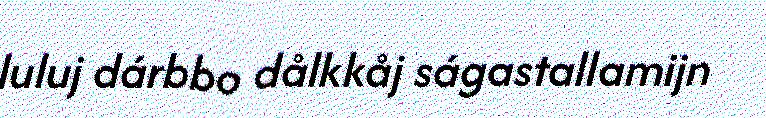
luluj dárbbo dålkkåj ságastallamijn